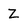
Character: Z